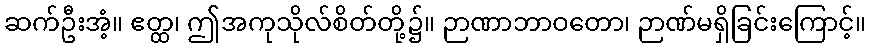
ဆက်ဦးအံ့။ ဧတ္ထ၊ ဤအကုသိုလ်စိတ်တို့၌။ ဉာဏာဘာဝတော၊ ဉာဏ်မရှိခြင်းကြောင့်။